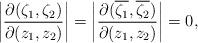
LaTeX: \begin{align*}\left|\frac{\partial(\zeta_1,\zeta_2)}{\partial(z_1,z_2)}\right|=\left|\frac{\partial(\overline{\zeta_1},\overline{\zeta_2})}{\partial(z_1,z_2)}\right|=0,\end{align*}